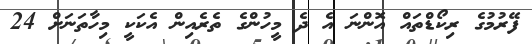
ފޭރުމުގެ ރިކޯޑްތައް އޮންނަ އެ ދެ މީހުންގެ ތެރެއިން އެކަކީ މިހާތަނަށް 24